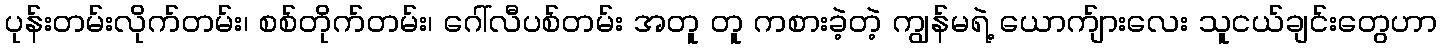
ပုန်းတမ်းလိုက်တမ်း၊ စစ်တိုက်တမ်း၊ ဂေါ်လီပစ်တမ်း အတူ တူ ကစားခဲ့တဲ့ ကျွန်မရဲ့ ယောက်ျားလေး သူငယ်ချင်းတွေဟာ